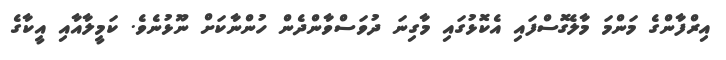
އިރްފާންގެ މަންމަ މާލެގޮސްފައި އެކޮޅުގައި މާގިނަ ދުވަސްވާންދެން ހުންނާކަށް ނޫޅުނެވެ. ކަމީލާއާއި އީކާގެ